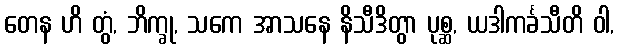
တေန ဟိ တွံ, ဘိက္ခု, သကေ အာသနေ နိသီဒိတွာ ပုစ္ဆ, ယဒါကင်္ခသီတိ ဝါ,